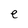
Character: e